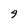
Character: 9